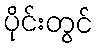
ပိုင်းတွင်